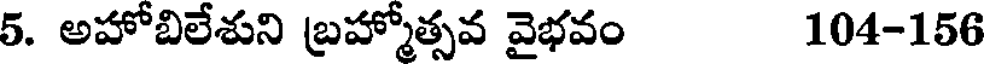
5. అహోబిలేశుని బ్రహ్మోత్సవ వైభవం 104-156